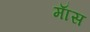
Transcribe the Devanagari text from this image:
माॅस